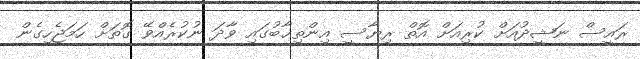
ރައީސް ނަޝީދުއަށް ކުރިއަށް އޮތް ރިޔާސީ އިންތިޚާބުގައި ވާދަ ނުކުރެއްވޭ ގޮތަށް ހަމަޖެހިގެން